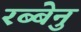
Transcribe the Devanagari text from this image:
रब्बेनु